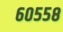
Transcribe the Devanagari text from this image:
६०५५८